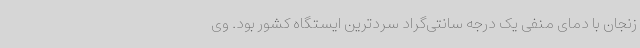
زنجان با دمای منفی یک درجه سانتی‌گراد سردترین ایستگاه کشور بود. وی